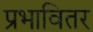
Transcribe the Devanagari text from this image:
प्रभावितर